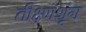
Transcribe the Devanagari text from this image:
तीक्ष्णशृंग